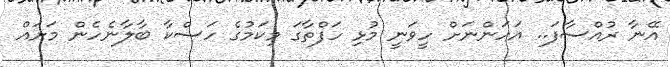
އޭނާ ރުއްސާފަ.. އަހަންނަށް ހީވަނީ މުޅި ހަފްތާގަ މިކަމުގެ ހަސްކާ ބާލާނެހެން މަށައް